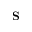
\textbf { S }